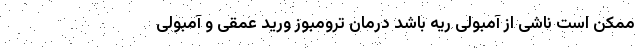
ممکن است ناشی از آمبولی ریه باشد درمان ترومبوز ورید عمقی و آمبولی